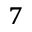
^ 7